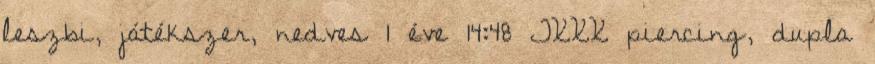
leszbi, játékszer, nedves 1 éve 14:48 TXXX piercing, dupla